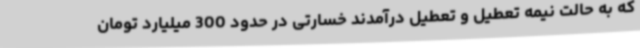
که به حالت نیمه تعطیل و تعطیل درآمدند خسارتی در حدود 300 میلیارد تومان